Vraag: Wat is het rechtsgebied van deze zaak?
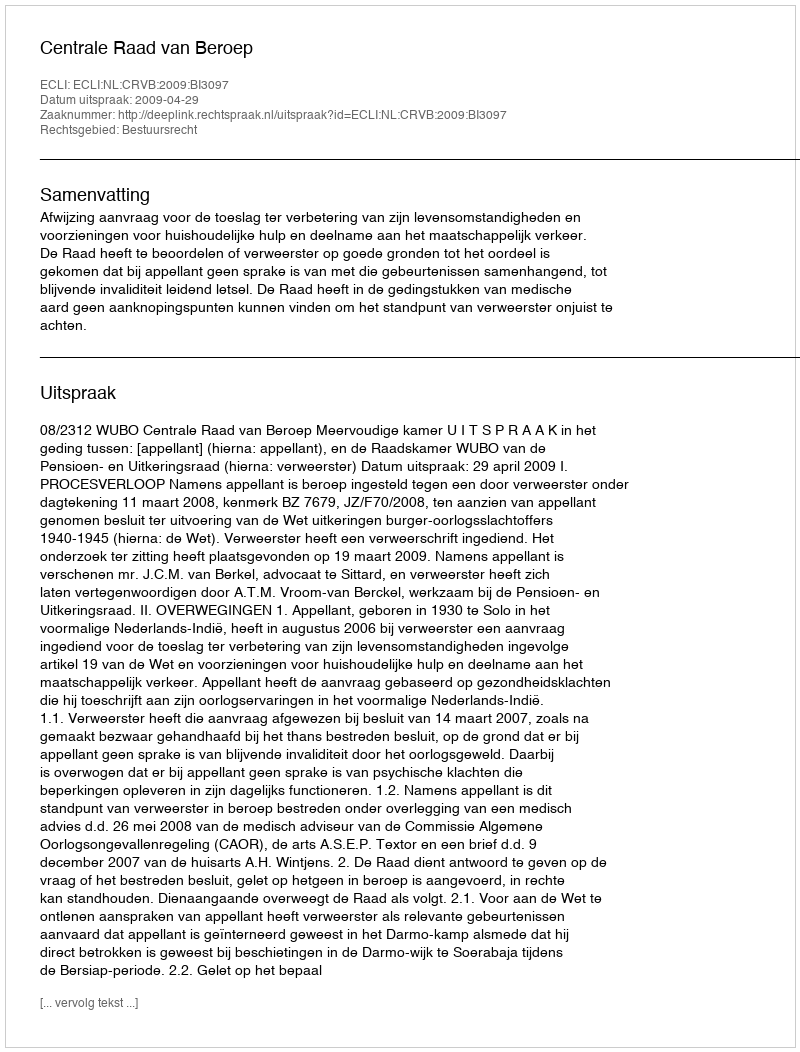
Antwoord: Bestuursrecht